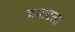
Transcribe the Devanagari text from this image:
झपाटला